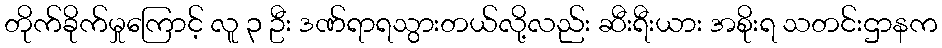
တိုက်ခိုက်မှုကြောင့် လူ ၃ ဦး ဒဏ်ရာရသွားတယ်လို့လည်း ဆီးရီးယား အစိုးရ သတင်းဌာနက